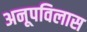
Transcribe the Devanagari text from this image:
अनूपविलास